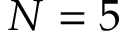
N = 5